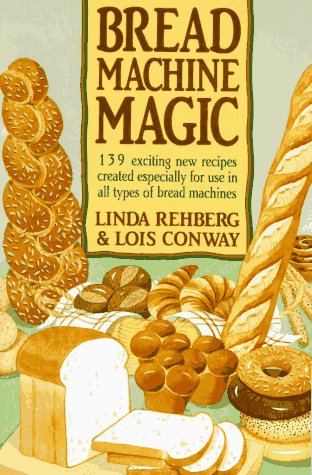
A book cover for Bread Machine Magic: 139 Exciting New Recipes Created Especially for Use in All Types of Bread Machines; Linda Rehberg; Cookbooks, Food & Wine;